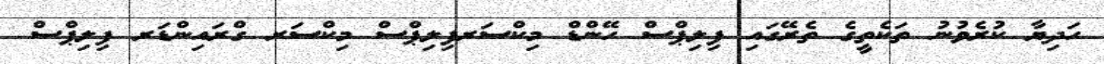
ހަދިޔާ ކުރެވުނު ތަކެތީގެ ތެރޭގައި ފިލިޕްސް ހޭންޑް މިކްސަރފިލިޕްސް މިކްސަރ ގްރައިންޑަރ ފިލިޕްސް